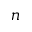
n